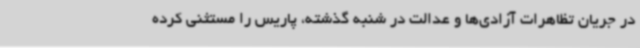
در جریان تظاهرات آزادی‌ها و عدالت در شنبه گذشته، پاریس را مستثنی کرده